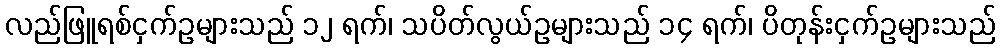
လည်ဖြူရစ်ငှက်ဥများသည် ၁၂ ရက်၊ သပိတ်လွယ်ဥများသည် ၁၄ ရက်၊ ပိတုန်းငှက်ဥများသည်